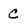
Character: C